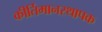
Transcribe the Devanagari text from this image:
कीर्तिमानस्थापक